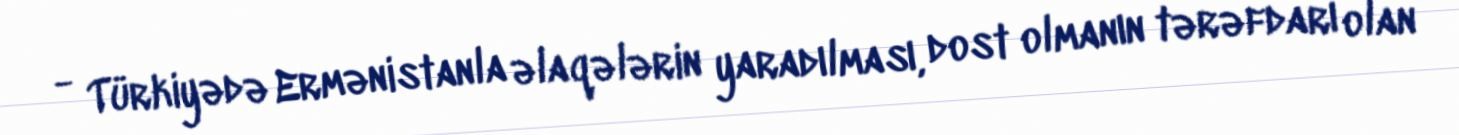
- Türkiyədə Ermənistanla əlaqələrin yaradılması, dost olmanın tərəfdarı olan